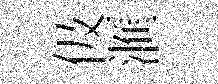
伋滙